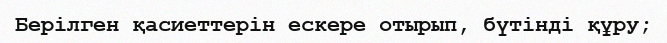
Берілген қасиеттерін ескере отырып, бүтінді құру;